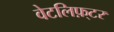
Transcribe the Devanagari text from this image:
वेटलिफ़्टर